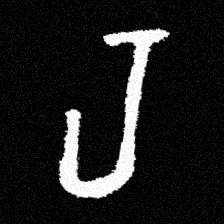
Pyu character \u2014 Myanmar letter: ရ (romanized: ra)